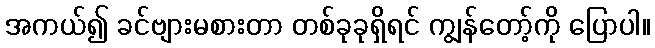
အကယ်၍ ခင်ဗျားမစားတာ တစ်ခုခုရှိရင် ကျွန်တော့်ကို ပြောပါ။